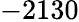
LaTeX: -2130